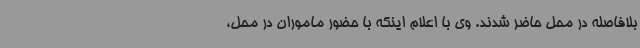
بلافاصله در محل حاضر شدند. وی با اعلام اینکه با حضور ماموران در محل،